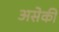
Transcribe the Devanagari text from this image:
असेकी